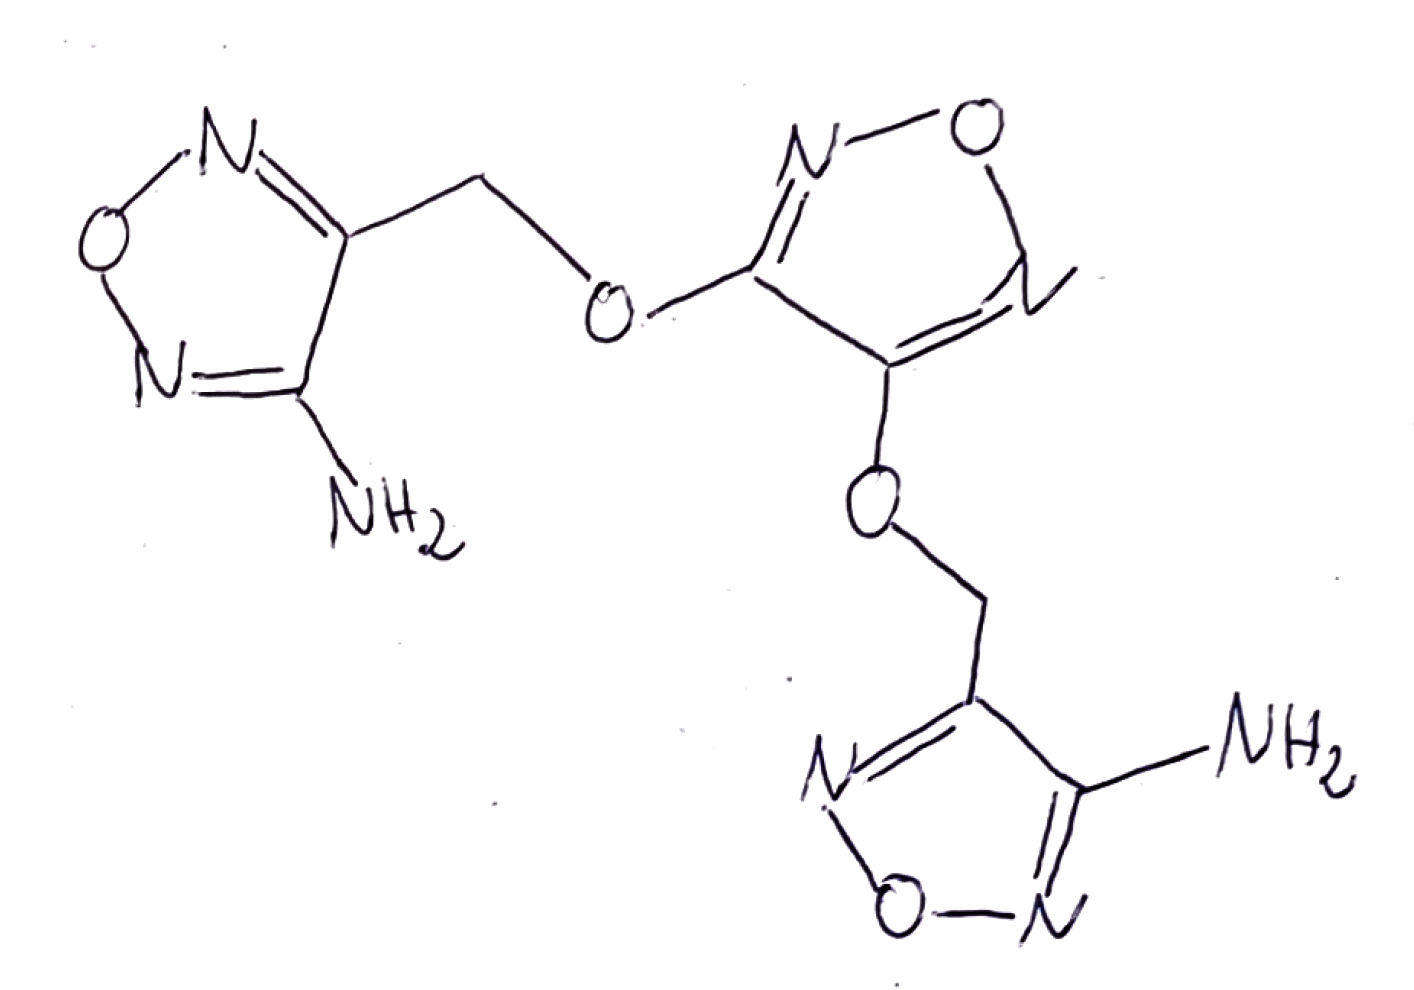
Simplified molecular-input line-entry system (SMILES) notation of the given molecule:
C(C1=NON=C1N)OC2=NON=C2OCC3=NON=C3N